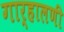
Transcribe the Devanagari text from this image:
गार्हालणी